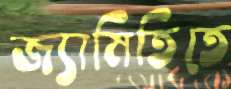
জ্যামিতিতে